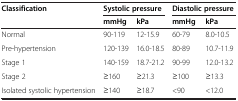
| <ROWSPAN=2> Classification | <COLSPAN=2> Systolic pressure | <COLSPAN=2> Diastolic pressure |
 | mmHg | kPa | mmHg | kPa |
 | --- | --- | --- | --- | --- |
 | Normal | 90-119 | 12-15.9 | 60-79 | 8.0-10.5 |
 | Pre-hypertension | 120-139 | 16.0-18.5 | 80-89 | 10.7-11.9 |
 | Stage 1 | 140-159 | 18.7-21.2 | 90-99 | 12.0-13.2 |
 | Stage 2 | ≥160 | ≥21.3 | ≥100 | ≥13.3 |
 | Isolated systolic hypertension | ≥140 | ≥18.7 | <90 | <12.0 |